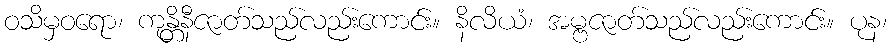
ဝသိမှဝရော၊ ကုန္တိနီဇာတ်သည်လည်းကောင်း။ နိလိယံ၊ အမ္ဗဇာတ်သည်လည်းကောင်း။ ပုန၊